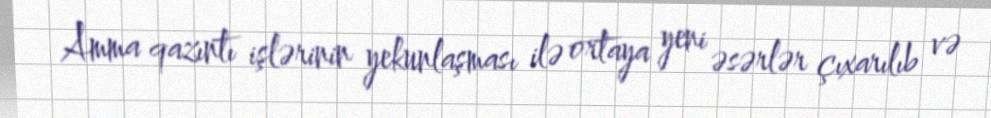
Amma qazıntı işlərinin yekunlaşması ilə ortaya yeni əsərlər çıxarılıb və